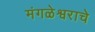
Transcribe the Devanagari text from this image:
मंगळेश्वराचे